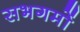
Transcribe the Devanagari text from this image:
सभगमों